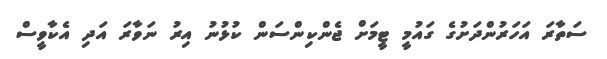
ސަތާރަ އަހަރުންދަށުގެ ގައުމީ ޓީމަށް ޖެންކިންސަން ކުޅުނު އިރު ނަވާރަ އަދި އެކާވީސް